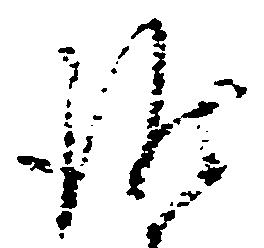
誰